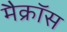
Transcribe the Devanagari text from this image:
मैक्रॉस